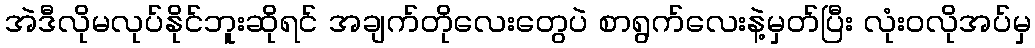
အဲဒီလိုမလုပ်နိုင်ဘူးဆိုရင် အချက်တိုလေးတွေပဲ စာရွက်လေးနဲ့မှတ်ပြီး လုံးဝလိုအပ်မှ